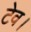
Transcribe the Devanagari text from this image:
टेव।